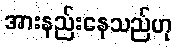
အားနည်းနေသည်ဟု